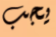
يجب